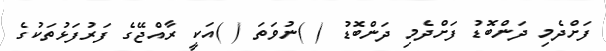
ފަށްދެމި ދަންބޮޑު ފަށްދެމި ދަންބޮޑު ( )ނުވަތަ ( )އަކީ ރާއްޖޭގެ ފަރުފަޅުތަކުގެ